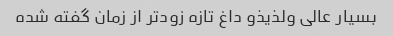
بسیار عالی ولذیذو داغ تازه زود‌تر از زمان گفته شده